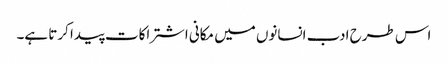
اس طرح ادب انسانوں میں مکانی اشتراکات پیدا کرتا ہے۔